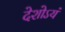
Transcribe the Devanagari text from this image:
देशोऽयं